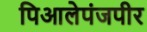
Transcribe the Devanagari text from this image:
पिआलेपंजपीर